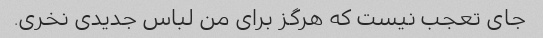
جای تعجب نیست که هرگز برای من لباس جدیدی نخری.